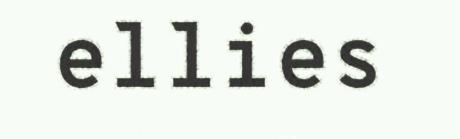
ellies